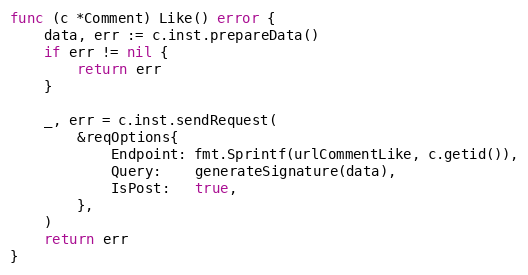
Language: Go
func (c *Comment) Like() error {
	data, err := c.inst.prepareData()
	if err != nil {
		return err
	}

	_, err = c.inst.sendRequest(
		&reqOptions{
			Endpoint: fmt.Sprintf(urlCommentLike, c.getid()),
			Query:    generateSignature(data),
			IsPost:   true,
		},
	)
	return err
}